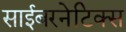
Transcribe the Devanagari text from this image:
साईबरनेटिक्स